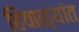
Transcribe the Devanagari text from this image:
हिवाळ्यांत